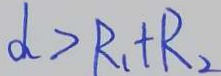
d > R _ { 1 } + R _ { 2 }